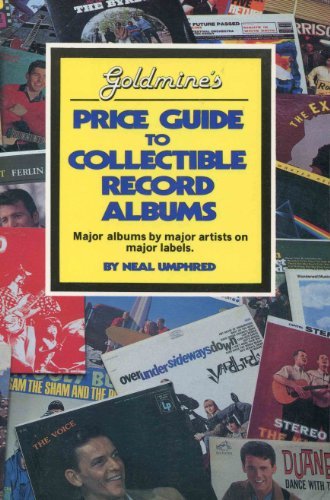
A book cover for Goldmine's price guide to collectible record albums; Neal Umphred; Crafts, Hobbies & Home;